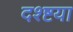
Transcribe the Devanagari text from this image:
दश्ष्टया